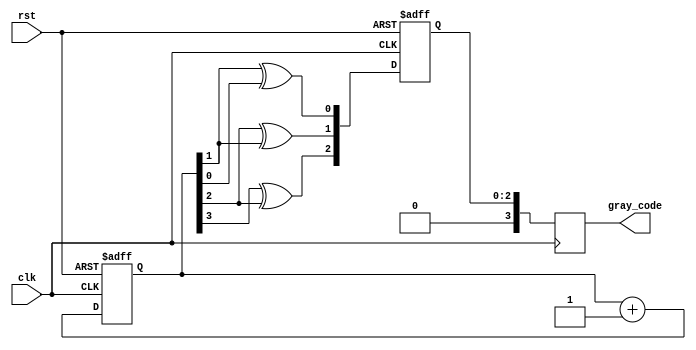
module gray_counter_clock_divider (
    input wire clk,
    input wire rst,
    output reg [3:0] gray_code
);

reg [3:0] binary_counter;
reg [2:0] gray_code_temp;

always @ (posedge clk or posedge rst) begin
    if (rst) begin
        binary_counter <= 4'b0000;
        gray_code_temp <= 3'b000;
    end else begin
        binary_counter <= binary_counter + 1;
        gray_code_temp <= {binary_counter[3] ^ binary_counter[2], binary_counter[2] ^ binary_counter[1], binary_counter[1] ^ binary_counter[0]};
    end
end

always @ (posedge clk) begin
    gray_code <= gray_code_temp;
end

endmodule